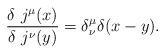
\begin{align*}\frac{\delta \ j^\mu(x)}{\delta \ j^\nu(y)} = \delta^\mu_\nu\delta(x- y).\end{align*}